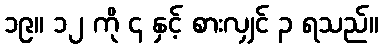
၁၉။ ၁၂ ကို ၄ နှင့် စားလျှင် ၃ ရသည်။